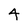
Character: 4